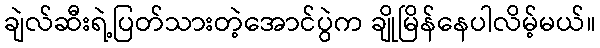
ချဲလ်ဆီးရဲ့ပြတ်သားတဲ့အောင်ပွဲက ချိုမြိန်နေပါလိမ့်မယ်။